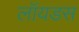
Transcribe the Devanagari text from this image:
लॉयडस